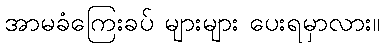
အာမခံကြေးခပ် များများ ပေးရမှာလား။